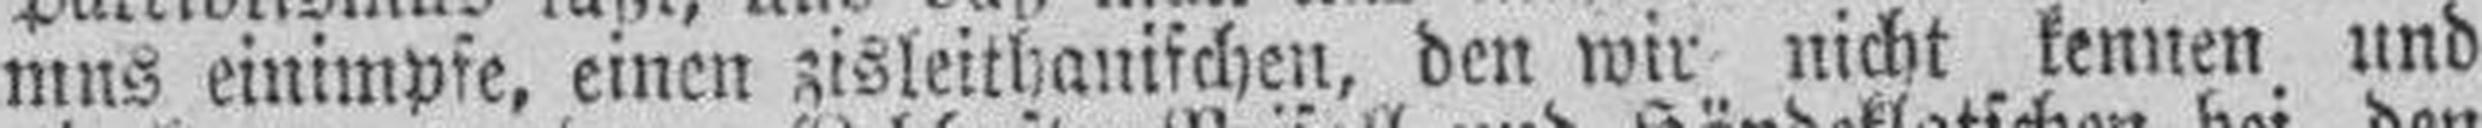
mus einimpfe, einen zisleithanifchen, den wir nicht kennen und